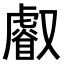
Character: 𠮏